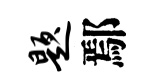
题鄢